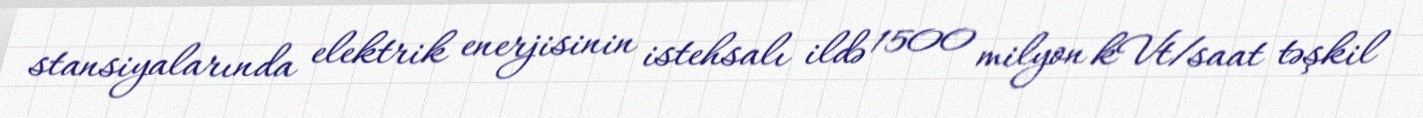
stansiyalarında elektrik enerjisinin istehsalı ildə 1500 milyon kVt/saat təşkil